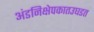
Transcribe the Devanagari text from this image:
अंडनिक्षेपकातउघडत